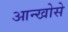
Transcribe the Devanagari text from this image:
आन्खोसे